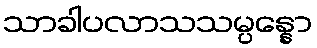
သာခါပလာသသမ္ပန္နော